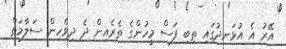
އޭރު އެ އުޅަނދުގައި ތިބި ފަސް މީހުންގެ ތެރެއިން ދެ ދިވެހިން ސަލާމަތް